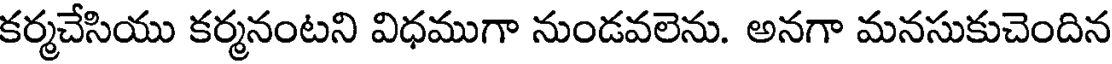
కర్మచేసియు కర్మనంటని విధముగా నుండవలెను. అనగా మనసుకుచెందిన